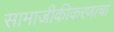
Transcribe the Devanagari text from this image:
सामाजीकीकरणाचा